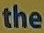
the